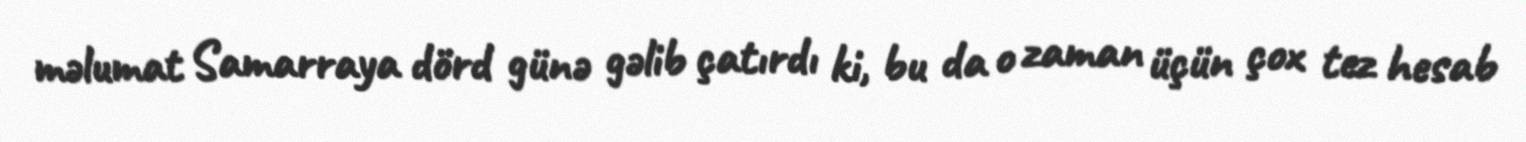
məlumat Samarraya dörd günə gəlib çatırdı ki, bu da o zaman üçün çox tez hesab